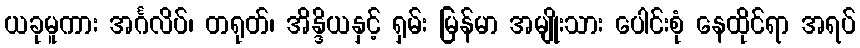
ယခုမူကား အင်္ဂလိပ်၊ တရုတ်၊ အိန္ဒိယနှင့် ရှမ်း မြန်မာ အမျိုးသား ပေါင်းစုံ နေထိုင်ရာ အရပ်